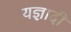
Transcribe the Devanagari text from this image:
यज्ञादी